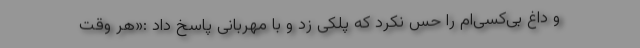
و داغ بی‌کسی‌ام را حس نکرد که پلکی زد و با مهربانی پاسخ داد :«هر وقت